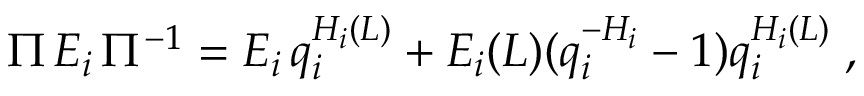
\Pi \, E _ { i } \, \Pi ^ { - 1 } = E _ { i } \, q _ { i } ^ { H _ { i } ( L ) } + E _ { i } ( L ) ( q _ { i } ^ { - H _ { i } } - 1 ) q _ { i } ^ { H _ { i } ( L ) } \; ,